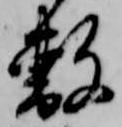
敷